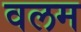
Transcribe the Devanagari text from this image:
वलम